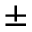
\pm